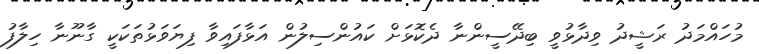
މުހައްމަދު ރަޝީދު ވިދާޅުވީ ބިދޭސީންނާ ދެކޮޅަށް ކައުންސިލުން އަޅާފައިވާ ފިޔަވަޅުތަކަކީ ގާނޫނާ ހިލާފު